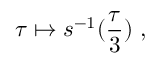
\tau \mapsto s ^ { - 1 } ( \frac { \tau } { 3 } ) \ ,